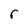
Character: r